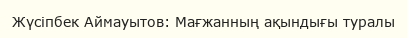
Жүсіпбек Аймауытов: Мағжанның ақындығы туралы